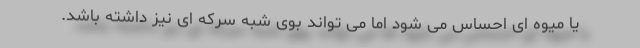
یا میوه ای احساس می شود اما می تواند بوی شبه سرکه ای نیز داشته باشد.